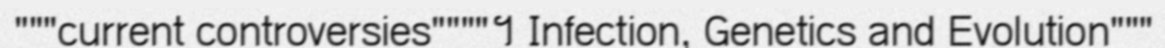
"""current controversies""""។ Infection, Genetics and Evolution"""